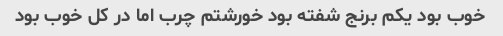
خوب بود یکم برنج شفته بود خورشتم چرب اما در کل خوب بود